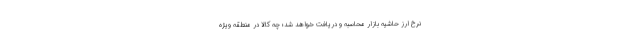
نرخ ارز حاشیه بازار محاسبه و دریافت خواهد شد؛ چه کالا در منطقه ویژه